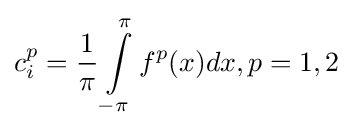
c_{i}^{p}={\frac {1}{\pi }}\int \limits _{-\pi }^{\pi }f^{p}(x)dx,p=1,2